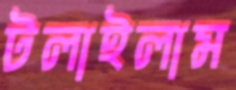
টলাইলাম